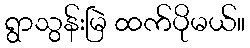
ရွာသွန်းမြဲ ထက်ပိုမယ်။